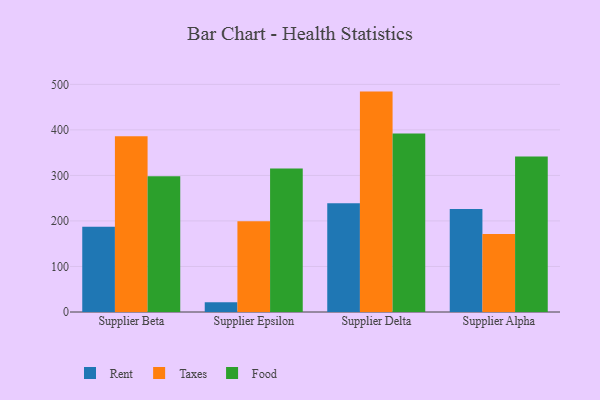
{"axis": {"x": "Supplier", "y": "Page Views"}, "legend": ["Food", "Rent", "Taxes"], "data": [{"x": "Supplier Beta", "y": 187.1, "type": "Rent"}, {"x": "Supplier Beta", "y": 386.2, "type": "Taxes"}, {"x": "Supplier Beta", "y": 298.0, "type": "Food"}, {"x": "Supplier Epsilon", "y": 21.5, "type": "Rent"}, {"x": "Supplier Epsilon", "y": 199.1, "type": "Taxes"}, {"x": "Supplier Epsilon", "y": 315.0, "type": "Food"}, {"x": "Supplier Delta", "y": 238.8, "type": "Rent"}, {"x": "Supplier Delta", "y": 484.1, "type": "Taxes"}, {"x": "Supplier Delta", "y": 392.2, "type": "Food"}, {"x": "Supplier Alpha", "y": 226.2, "type": "Rent"}, {"x": "Supplier Alpha", "y": 171.2, "type": "Taxes"}, {"x": "Supplier Alpha", "y": 341.4, "type": "Food"}]}